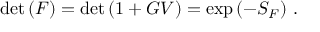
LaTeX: \operatorname * { d e t } { ( F ) } = \operatorname * { d e t } { ( 1 + G V ) } = \exp { ( - S _ { F } ) } ~ .